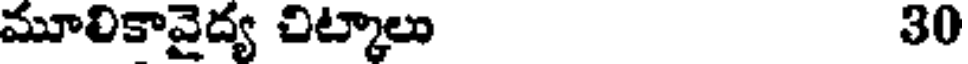
మూలికావైద్య చిట్కాలు 30